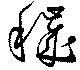
穢